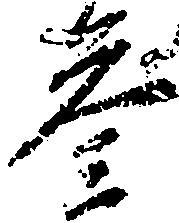
参